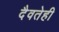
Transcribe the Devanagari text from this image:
दैवतेही